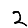
Digit: 2